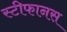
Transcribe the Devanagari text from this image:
स्टीफानस